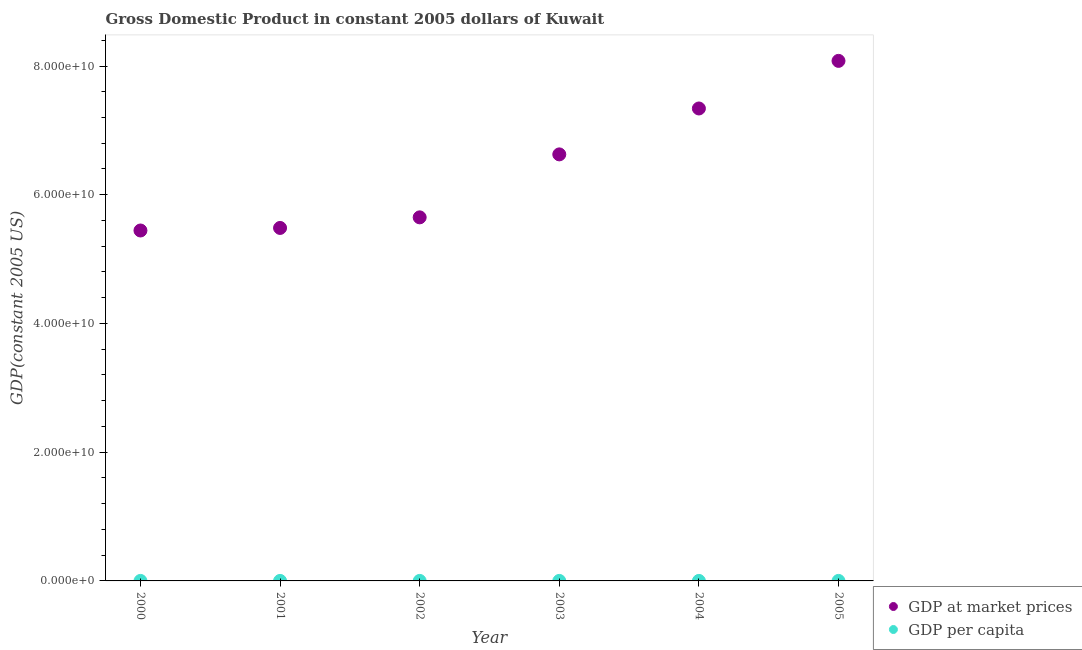
| Year | GDP at market prices | GDP per capita |
 | --- | --- | --- |
 | 2000 | 5.44e+10 | 3.16e+04 |
 | 2001 | 5.48e+10 | 3.39e+04 |
 | 2002 | 5.65e+10 | 3.57e+04 |
 | 2003 | 6.63e+10 | 3.64e+04 |
 | 2004 | 7.34e+10 | 3.63e+04 |
 | 2005 | 8.08e+10 | 3.49e+04 |